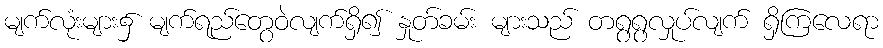
မျက်လုံးများ၌ မျက်ရည်တွေဝဲလျက်ရှိ၍ နှုတ်ခမ်း များသည် တရွရွလှုပ်လျက် ရှိကြလေရာ